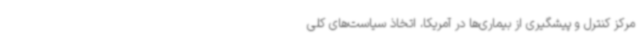
مرکز کنترل و پیشگیری از بیماری‌ها در آمریکا، اتخاذ سیاست‌های کلی